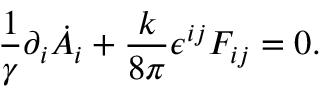
\frac { 1 } { \gamma } \partial _ { i } \dot { A } _ { i } + \frac { k } { 8 \pi } \epsilon ^ { i j } F _ { i j } = 0 .